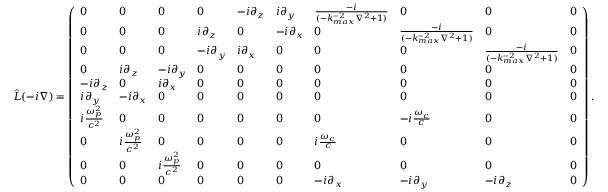
\begin{array} { r } { \hat { L } ( - i \nabla ) = \left( \begin{array} { l l l l l l l l l l } { 0 } & { 0 } & { 0 } & { 0 } & { - i \partial _ { z } } & { i \partial _ { y } } & { \frac { - i } { ( - k _ { m a x } ^ { - 2 } \nabla ^ { 2 } + 1 ) } } & { 0 } & { 0 } & { 0 } \\ { 0 } & { 0 } & { 0 } & { i \partial _ { z } } & { 0 } & { - i \partial _ { x } } & { 0 } & { \frac { - i } { ( - k _ { m a x } ^ { - 2 } \nabla ^ { 2 } + 1 ) } } & { 0 } & { 0 } \\ { 0 } & { 0 } & { 0 } & { - i \partial _ { y } } & { i \partial _ { x } } & { 0 } & { 0 } & { 0 } & { \frac { - i } { ( - k _ { m a x } ^ { - 2 } \nabla ^ { 2 } + 1 ) } } & { 0 } \\ { 0 } & { i \partial _ { z } } & { - i \partial _ { y } } & { 0 } & { 0 } & { 0 } & { 0 } & { 0 } & { 0 } & { 0 } \\ { - i \partial _ { z } } & { 0 } & { i \partial _ { x } } & { 0 } & { 0 } & { 0 } & { 0 } & { 0 } & { 0 } & { 0 } \\ { i \partial _ { y } } & { - i \partial _ { x } } & { 0 } & { 0 } & { 0 } & { 0 } & { 0 } & { 0 } & { 0 } & { 0 } \\ { i \frac { \omega _ { p } ^ { 2 } } { c ^ { 2 } } } & { 0 } & { 0 } & { 0 } & { 0 } & { 0 } & { 0 } & { - i \frac { \omega _ { c } } { c } } & { 0 } & { 0 } \\ { 0 } & { i \frac { \omega _ { p } ^ { 2 } } { c ^ { 2 } } } & { 0 } & { 0 } & { 0 } & { 0 } & { i \frac { \omega _ { c } } { c } } & { 0 } & { 0 } & { 0 } \\ { 0 } & { 0 } & { i \frac { \omega _ { p } ^ { 2 } } { c ^ { 2 } } } & { 0 } & { 0 } & { 0 } & { 0 } & { 0 } & { 0 } & { 0 } \\ { 0 } & { 0 } & { 0 } & { 0 } & { 0 } & { 0 } & { - i \partial _ { x } } & { - i \partial _ { y } } & { - i \partial _ { z } } & { 0 } \end{array} \right) . } \end{array}